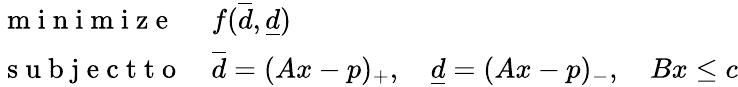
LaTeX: \begin{array}{ll}{\mathrm{~m~i~n~i~m~i~z~e~}}&{f(\overline{d},\underline{d})}\\ {\mathrm{~s~u~b~j~e~c~t~t~o~}}&{\overline{d}=(Ax-p)_{+},\quad\underline{d}=(Ax-p)_{-},\quad Bx\leq c}\end{array}